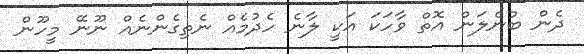
ދެން ބުނެލަން އޮތް ވާހަކަ އަކީ ލާނެ ހެދުމެއް ނެތިގެންނެއް ނޫނޭ މީހޫން